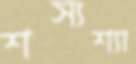
শস্যশ্যা